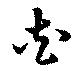
芲